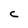
Character: C